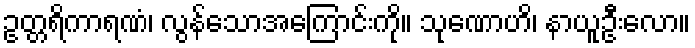
ဥတ္တရိကာရဏံ၊ လွန်သောအကြောင်းကို။ သုဏောဟိ၊ နာယူဦးလော။